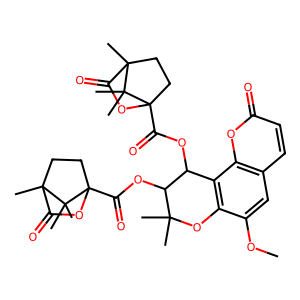
SMILES: COc1cc2ccc(=O)oc2c2c1OC(C)(C)C(OC(=O)C13CCC(C)(C(=O)O1)C3(C)C)C2OC(=O)C12CCC(C)(C(=O)O1)C2(C)C
Inhibits HIV replication: No